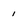
Character: 1